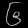
Digit: ၆